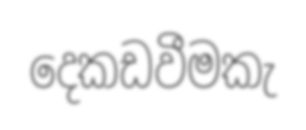
දෙකඩවීමකැ